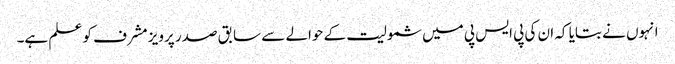
انہوں نے بتایا کہ ان کی پی ایس پی میں شمولیت کے حوالے سے سابق صدر پرویز مشرف کو علم ہے۔